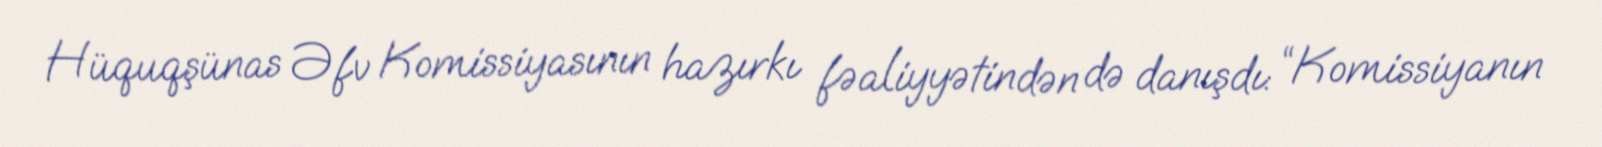
Hüquqşünas Əfv Komissiyasının hazırkı fəaliyyətindən də danışdı: “Komissiyanın